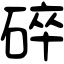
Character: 碎